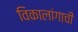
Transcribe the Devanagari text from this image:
विकालांगाची